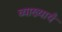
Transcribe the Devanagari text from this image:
व्याख्यायँ